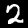
Digit: 2